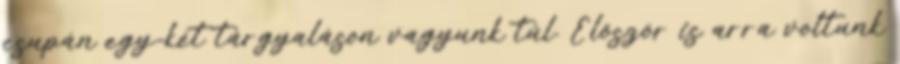
csupán egy-két tárgyaláson vagyunk túl. Először is arra voltunk